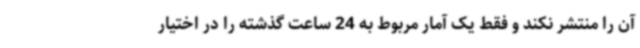
آن را منتشر نکند و فقط یک آمار مربوط به 24 ساعت گذشته را در اختیار